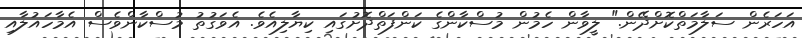
އަހަރެން ސަލާމަތްކޮށްދޭން." ލީވާން ހެމުން މުސްކާންގެ ކަންފަތްދޮށުގައި ކިޔާލިއެވެ. އެވަގުތު މުސްކާންވެސް އެމާހައުލާއި